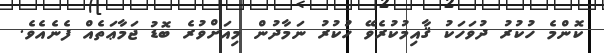
ކޮންމެ ހުކުރު ދުވަހަކު ޤާއިމުކުރެވޭ ހުކުރު ނަމާދުން މިއަށްވުރެ ބޮޑު ޖަމާޢަތެއް ފެނެއެވެ.